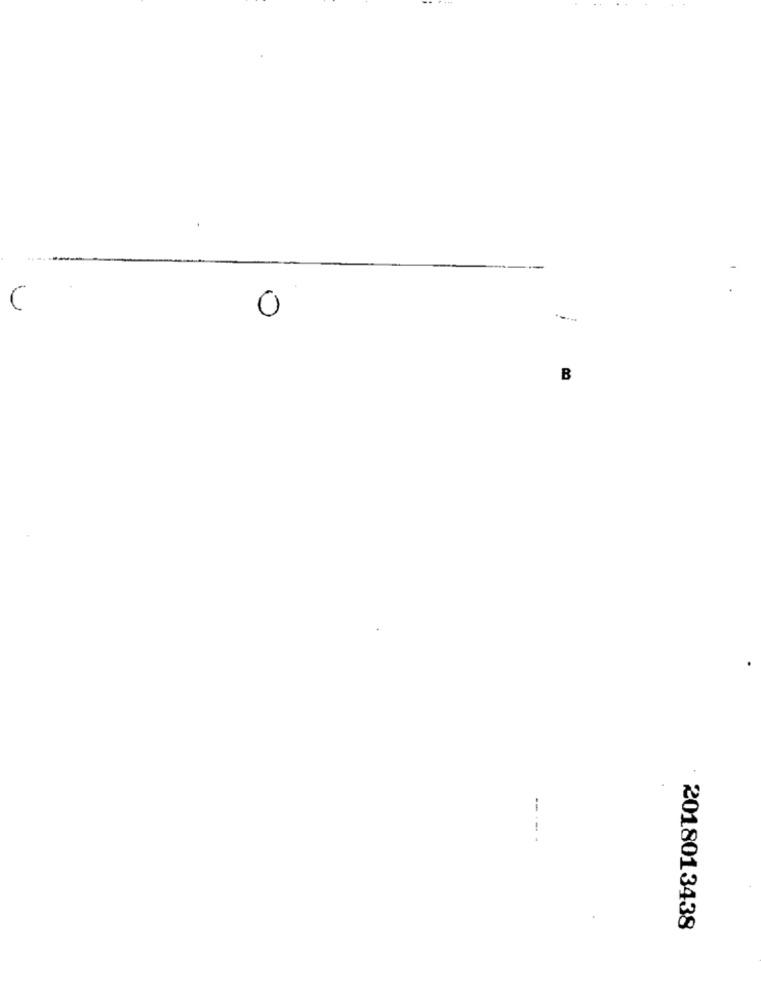
C
0
B
----
2018013438